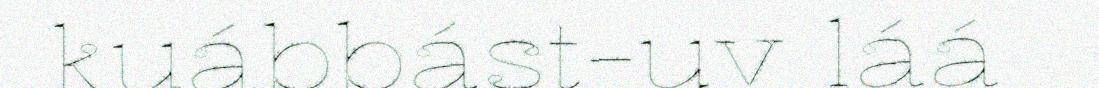
kuábbást-uv láá